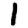
Digit: 1